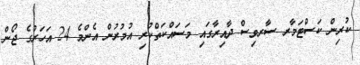
ކުރިން ކަސްޓަމާރ ސާރވިސް ދާއިރާގައި މަސައްކަތްކުރި އުމުރުން އެންމެ 24 އަހަރުގެ ޖޯން